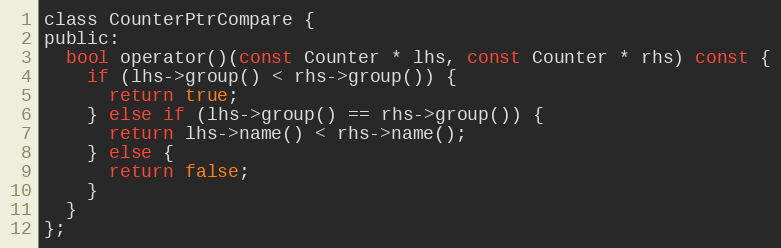
Language: C
class CounterPtrCompare {
public:
  bool operator()(const Counter * lhs, const Counter * rhs) const {
    if (lhs->group() < rhs->group()) {
      return true;
    } else if (lhs->group() == rhs->group()) {
      return lhs->name() < rhs->name();
    } else {
      return false;
    }
  }
};